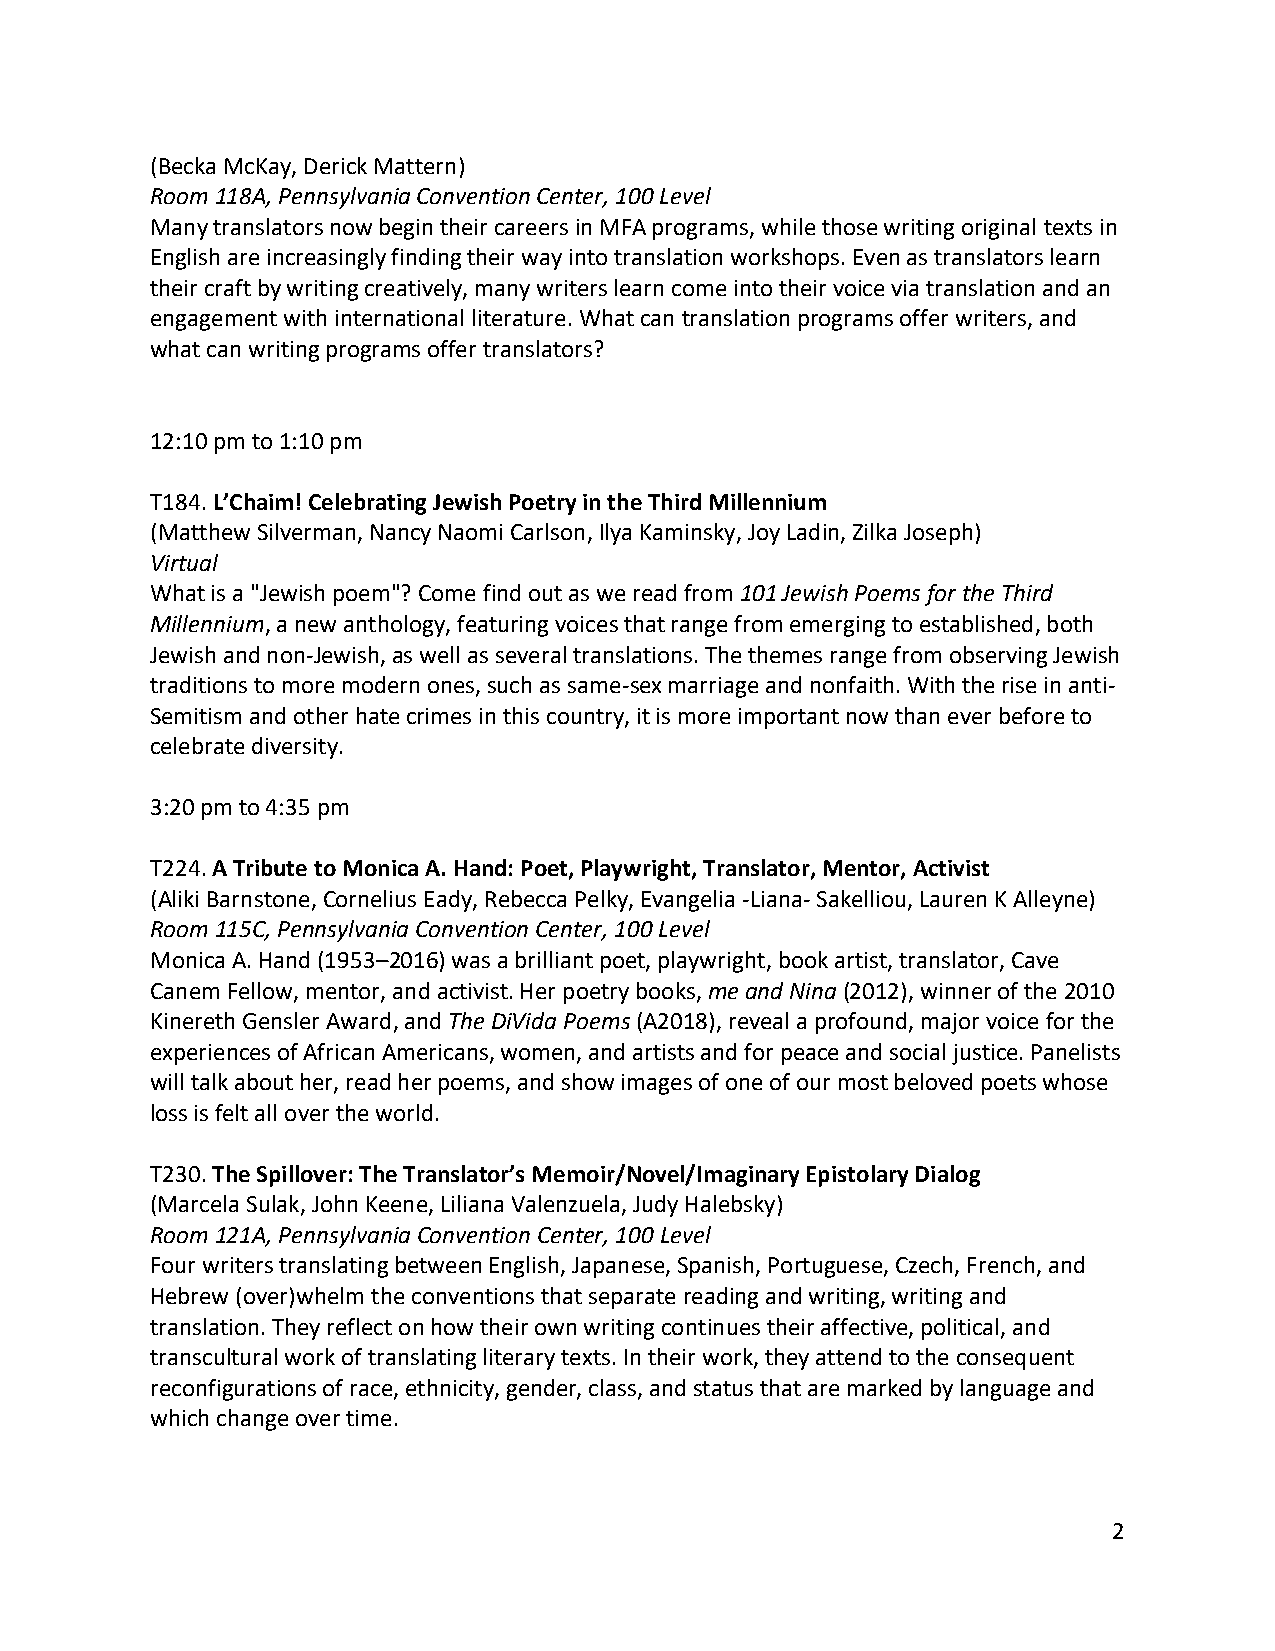
(Becka McKay, Derick Mattern)
 Room 118A, Pennsylvania Convention Center, 100 Level
 Many translators now begin their careers in MFA programs, while those writing original texts in
 English are increasingly finding their way into translation workshops. Even as translators learn
 their craft by writing creatively, many writers learn come into their voice via translation and an
 engagement with international literature. What can translation programs offer writers, and
 what can writing programs offer translators?
 12:10 pm to 1:10 pm
 T184. L’Chaim! Celebrating Jewish Poetry in the Third Millennium
 (Matthew Silverman, Nancy Naomi Carlson, Ilya Kaminsky, Joy Ladin, Zilka Joseph)
 Virtual
 What is a "Jewish poem"? Come find out as we read from 101 Jewish Poems for the Third
 Millennium, a new anthology, featuring voices that range from emerging to established, both
 Jewish and non-Jewish, as well as several translations. The themes range from observing Jewish
 traditions to more modern ones, such as same-sex marriage and nonfaith. With the rise in anti-
 Semitism and other hate crimes in this country, it is more important now than ever before to
 celebrate diversity.
 3:20 pm to 4:35 pm
 T224. A Tribute to Monica A. Hand: Poet, Playwright, Translator, Mentor, Activist
 (Aliki Barnstone, Cornelius Eady, Rebecca Pelky, Evangelia -Liana- Sakelliou, Lauren K Alleyne)
 Room 115C, Pennsylvania Convention Center, 100 Level
 Monica A. Hand (1953–2016) was a brilliant poet, playwright, book artist, translator, Cave
 Canem Fellow, mentor, and activist. Her poetry books, me and Nina (2012), winner of the 2010
 Kinereth Gensler Award, and The DiVida Poems (A2018), reveal a profound, major voice for the
 experiences of African Americans, women, and artists and for peace and social justice. Panelists
 will talk about her, read her poems, and show images of one of our most beloved poets whose
 loss is felt all over the world.
 T230. The Spillover: The Translator’s Memoir/Novel/Imaginary Epistolary Dialog
 (Marcela Sulak, John Keene, Liliana Valenzuela, Judy Halebsky)
 Room 121A, Pennsylvania Convention Center, 100 Level
 Four writers translating between English, Japanese, Spanish, Portuguese, Czech, French, and
 Hebrew (over)whelm the conventions that separate reading and writing, writing and
 translation. They reflect on how their own writing continues their affective, political, and
 transcultural work of translating literary texts. In their work, they attend to the consequent
 reconfigurations of race, ethnicity, gender, class, and status that are marked by language and
 which change over time.
 2